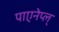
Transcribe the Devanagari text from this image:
पाएनेप्ल्